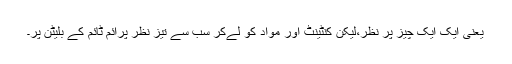
یعنی ایک ایک چیز پر نظر،لیکن کنٹینٹ اور مواد کو لےکر سب سے تیز نظر پرائم ٹائم کے بلیٹن پر۔